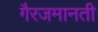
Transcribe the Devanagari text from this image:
गैरजमानती